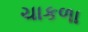
ચાકળા